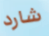
شارد